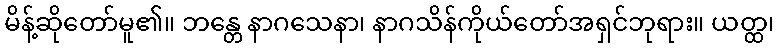
မိန့်ဆိုတော်မူ၏။ ဘန္တေ နာဂသေနာ၊ နာဂသိန်ကိုယ်တော်အရှင်ဘုရား။ ယတ္ထ၊